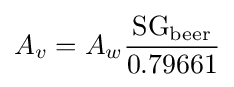
A_{v}=A_{w}{{\text{SG}}_{\text{beer}} \over 0.79661}